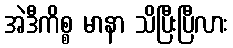
အဲဒီကိစ္စ မာနာ သိပြီးပြီလား